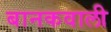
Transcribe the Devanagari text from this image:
बानकवाली